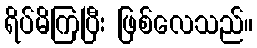
ရိပ်မိကြပြီး ဖြစ်လေသည်။